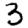
Digit: 3